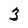
Character: 3